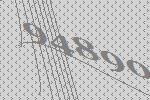
94890